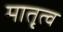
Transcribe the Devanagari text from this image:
मातृ्त्व